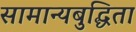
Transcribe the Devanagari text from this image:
सामान्यबुद्धिता